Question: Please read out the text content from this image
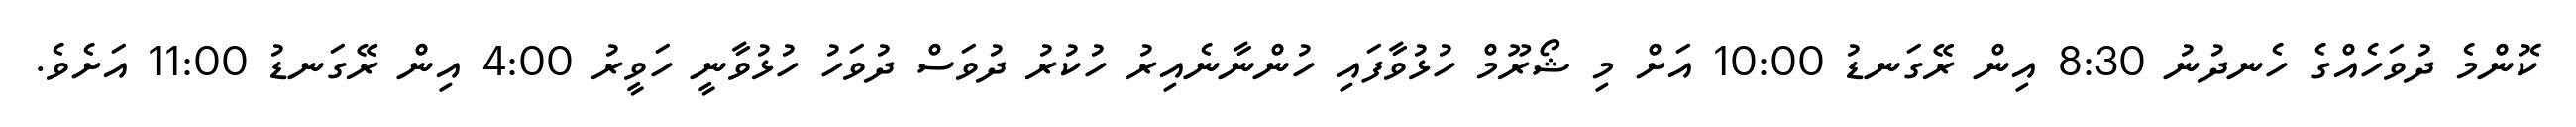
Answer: ކޮންމެ ދުވަހެއްގެ ހެނދުނު 8:30 އިން ރޭގަނޑު 10:00 އަށް މި ޝޯރޫމް ހުޅުވާފައި ހުންނާނެއިރު ހުކުރު ދުވަސް ދުވަހު ހުޅުވާނީ ހަވީރު 4:00 އިން ރޭގަނޑު 11:00 އަށެވެ.